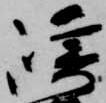
崎